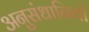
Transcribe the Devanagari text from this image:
अनुसंधानियों